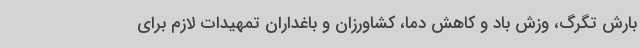
بارش تگرگ، وزش باد و کاهش دما، کشاورزان و باغداران تمهیدات لازم برای